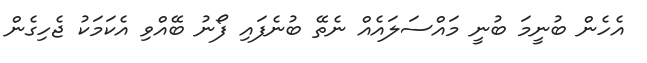
އެހެން ބުނީމަ ބުނީ މައްސަލައެއް ނެތޭ ބުނެފައި ފޯނު ބޭއްވި އެކަމަކު ޖެހިގެން